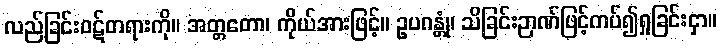
လည်ခြင်းဝဋ်တရားကို။ အတ္တတော၊ ကိုယ်အားဖြင့်။ ဥပဂန္တုံ၊ သိခြင်းဉာဏ်ဖြင့်ကပ်၍ရှုခြင်းငှာ။